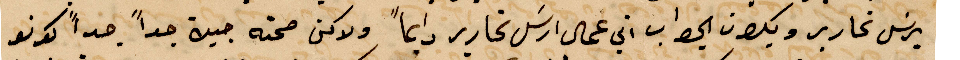
يرسل تحارير ويكون الجواب اني عمال ارسل تحارير دايمًا ولاكن صحته جيدة جدًا جدًا كوانو